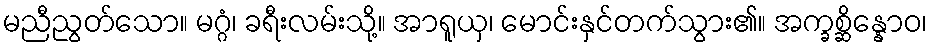
မညီညွတ်သော။ မဂ္ဂံ၊ ခရီးလမ်းသို့။ အာရူယှ၊ မောင်းနှင်တက်သွား၏။ အက္ခစ္ဆိန္နောဝ၊